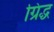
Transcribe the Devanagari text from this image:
ग्रिद्ध